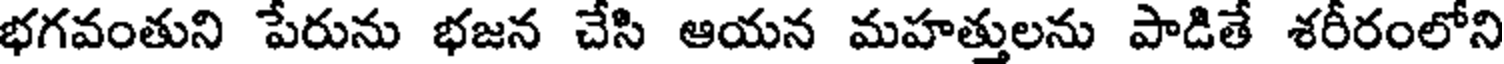
భగవంతుని పేరును భజన చేసి ఆయన మహత్తులను పాడితే శరీరంలోని